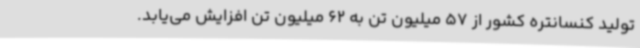
تولید کنسانتره کشور از 57 میلیون تن به 62 میلیون تن افزایش می‌یابد.